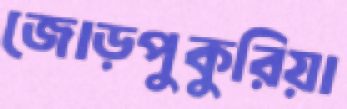
জোড়পুকুরিয়া